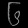
Digit: ၆